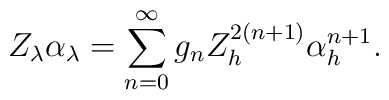
Z_{\lambda}\alpha_{\lambda}=\sum_{n=0}^{\infty}g_{n}Z_{h}^{2(n+1)}\alpha_{h}^{n+1}.